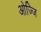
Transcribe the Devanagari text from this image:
ओज्जि